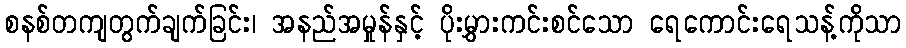
စနစ်တကျတွက်ချက်ခြင်း၊ အနည်အမှုန်နှင့် ပိုးမွှားကင်းစင်သော ရေကောင်းရေသန့်ကိုသာ